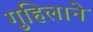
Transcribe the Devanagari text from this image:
गुहिलाने